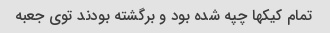
تمام کیکها چپه شده بود و‌ برگشته بودند توی جعبه